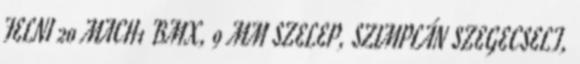
FELNI 20 MACH1 BMX, 9 MM SZELEP, SZIMPLÁN SZEGECSELT,